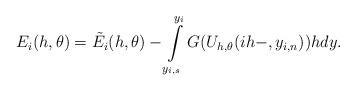
LaTeX: \begin{align*}E_{i}(h,\theta)=\tilde{E}_{i}(h,\theta)-\int\limits_{y_{i,s}}^{y_{i}}G(U_{h,\theta}(ih-,y_{i,n}))hdy.\end{align*}